38_143685_box_Incident_Summaries_101-172
Agency: Department of War
Page 86
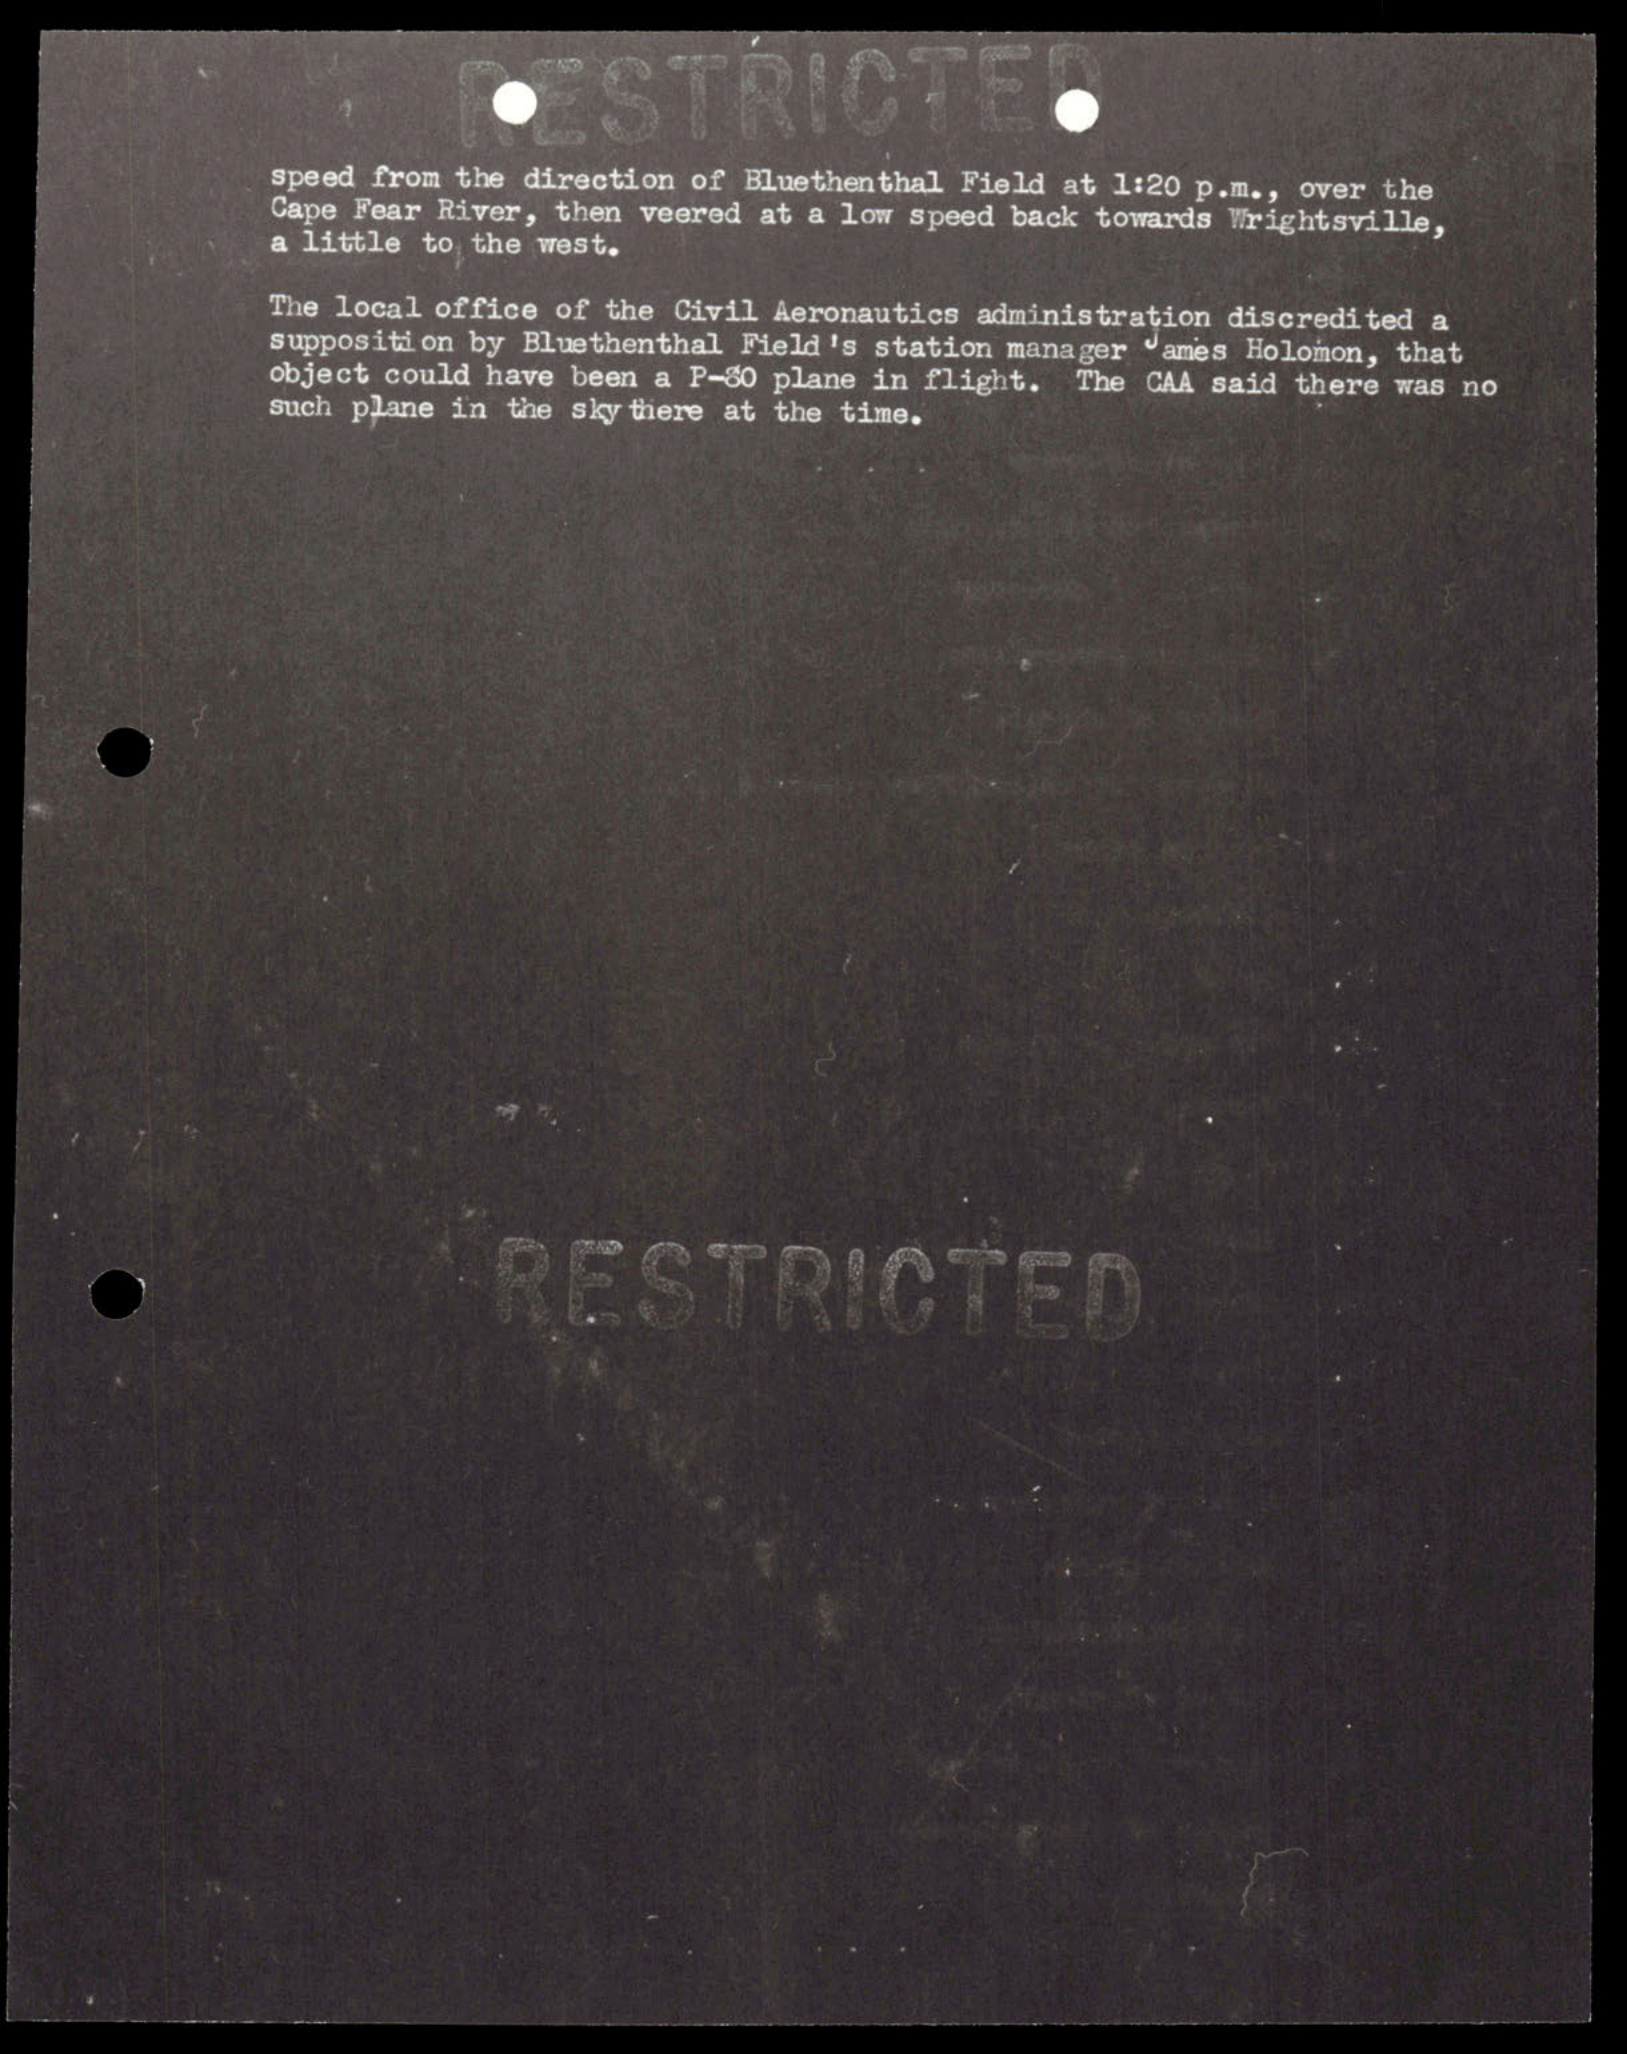